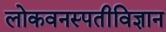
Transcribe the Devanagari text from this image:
लोकवनस्पतीविज्ञान